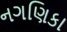
નગણિકા